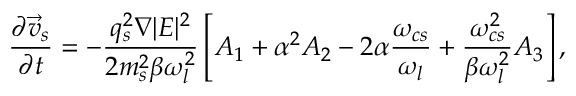
\frac { \partial \vec { v } _ { s } } { \partial t } = - \frac { q _ { s } ^ { 2 } \nabla | E | ^ { 2 } } { 2 m _ { s } ^ { 2 } \beta \omega _ { l } ^ { 2 } } \left[ A _ { 1 } + \alpha ^ { 2 } A _ { 2 } - 2 \alpha \frac { \omega _ { c s } } { \omega _ { l } } + \frac { \omega _ { c s } ^ { 2 } } { \beta \omega _ { l } ^ { 2 } } A _ { 3 } \right] ,